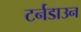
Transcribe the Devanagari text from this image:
टर्नडाउन